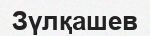
Зүлқашев